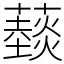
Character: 䕭